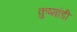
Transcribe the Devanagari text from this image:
कुष्मांडी